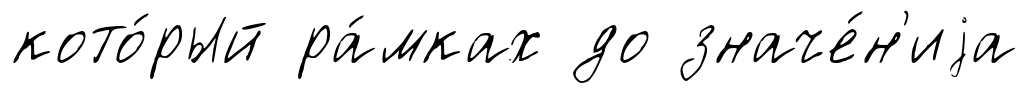
кото́рый ра́мках до значе́н'иjа